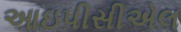
આઇપીસીએલ